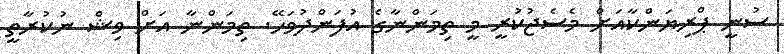
ސުނީ ޕްރިޔަންކާއަށް މެސެޖުކުރީ މީ ތިމަންނާގެ އުފަންދުވަހޭ. ތިމަންނާ އަށް ވިޝް ނުކުރާތީ